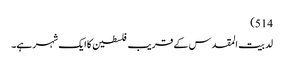
514)
لد بیت المقدس کے قریب فلسطین کا ایک شہر ہے۔